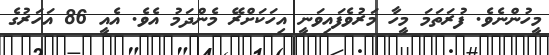
މީހުންނެވެ. ފުރަތަމަ މީހާ މަރުވެފައިވަނީ އިހަކަށްރޭ މެންދަމު އެވެ. އެއީ 86 އަހަރުގެ